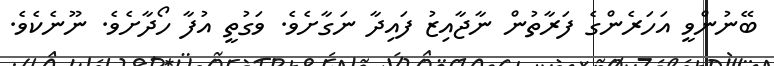
ބޭނުންވީ އަހަރެންގެ ފަރާތުން ނާޖާއިޒު ފައިދާ ނަގާށެވެ. ވަގުތީ އުފާ ހޯދާށެވެ. ނޫނެކެވެ.